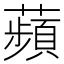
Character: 蘋